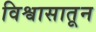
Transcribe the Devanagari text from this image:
विश्वासातून